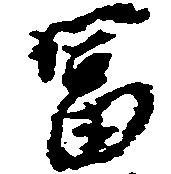
富